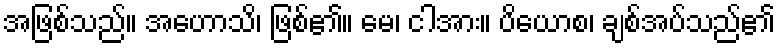
အဖြစ်သည်။ အဟောသိ၊ ဖြစ်၏။ မေ၊ ငါအား။ ပိယောစ၊ ချစ်အပ်သည်၏